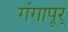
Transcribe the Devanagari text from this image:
गंगापूर्